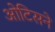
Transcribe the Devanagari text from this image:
ओटिसने